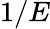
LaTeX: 1/E